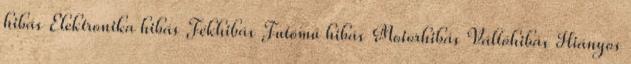
hibás Elektronika hibás Fékhibás Futómű hibás Motorhibás Váltóhibás Hiányos